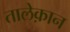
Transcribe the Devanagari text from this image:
तालेक़ान